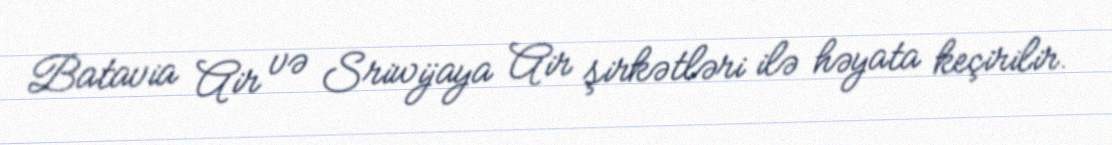
Batavia Air və Sriwijaya Air şirkətləri ilə həyata keçirilir.